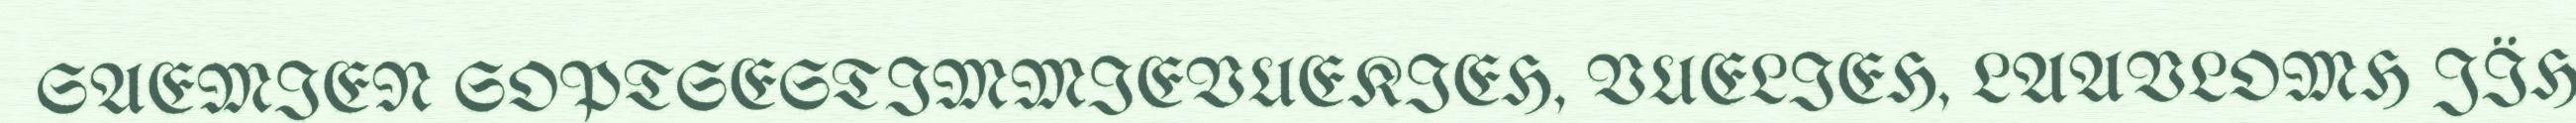
SAEMIEN SOPTSESTIMMIEVUEKIEH, VUELIEH, LAAVLOMH JÏH